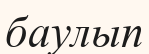
баулып